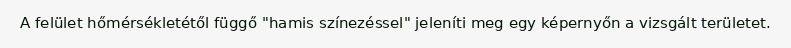
A felület hőmérsékletétől függő "hamis színezéssel" jeleníti meg egy képernyőn a vizsgált területet.